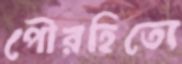
পৌরহিত্যে